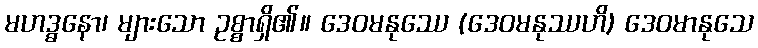
မဟဒ္ဓနော၊ များသော ဥစ္စာရှိ၏။ ဒေဝမနုဿေ (ဒေဝမနုဿဟိ) ဒေဝမာနုသေ